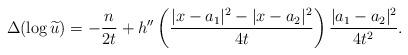
LaTeX: \begin{align*}\Delta(\log \widetilde{u})=-\frac{n}{2t}+h''\left(\frac{|x-a_1|^2-|x-a_2|^2}{4t}\right)\frac{|a_1-a_2|^2}{4t^2}.\end{align*}